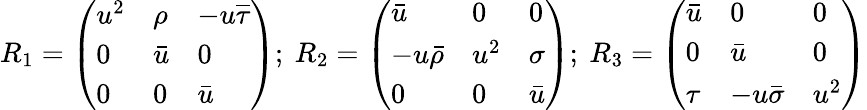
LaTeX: R_{1}=\left(\begin{array}{lll}{u^{2}}&{\rho}&{-u\overline{{\tau}}}\\ {0}&{\bar{u}}&{0}\\ {0}&{0}&{\bar{u}}\end{array}\right);\ R_{2}=\left(\begin{array}{lll}{\bar{u}}&{0}&{0}\\ {-u\bar{\rho}}&{u^{2}}&{\sigma}\\ {0}&{0}&{\bar{u}}\end{array}\right);\ R_{3}=\left(\begin{array}{lll}{\bar{u}}&{0}&{0}\\ {0}&{\bar{u}}&{0}\\ {\tau}&{-u\bar{\sigma}}&{u^{2}}\end{array}\right)